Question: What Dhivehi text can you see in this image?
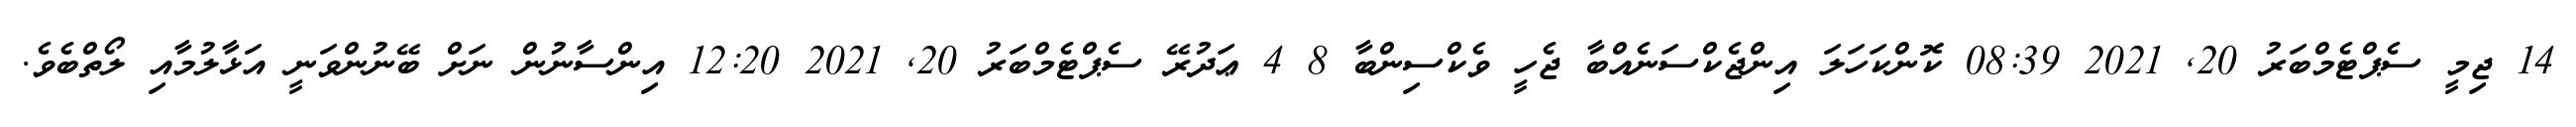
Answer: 14 ޖިމީ ސެޕްޓެމްބަރު 20, 2021 08:39 ކޮންކަހަލަ އިންޖެކްސަނެއްބާ ޖެހީ ވެކްސިންބާ 8 4 ޢަދުރޭ ސެޕްޓެމްބަރު 20, 2021 12:20 އިންސާނުން ނަށް ބޭނުންވަނީ އަޅާލުމާއި ލޯތްބެވެ.